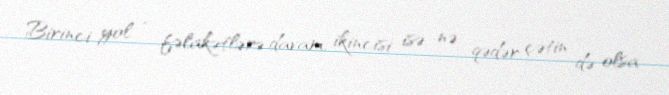
Birinci yol - fəlakətlərə davam, ikincisi isə nə qədər çətin də olsa